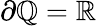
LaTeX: \partial\mathbb{Q}=\mathbb{R}